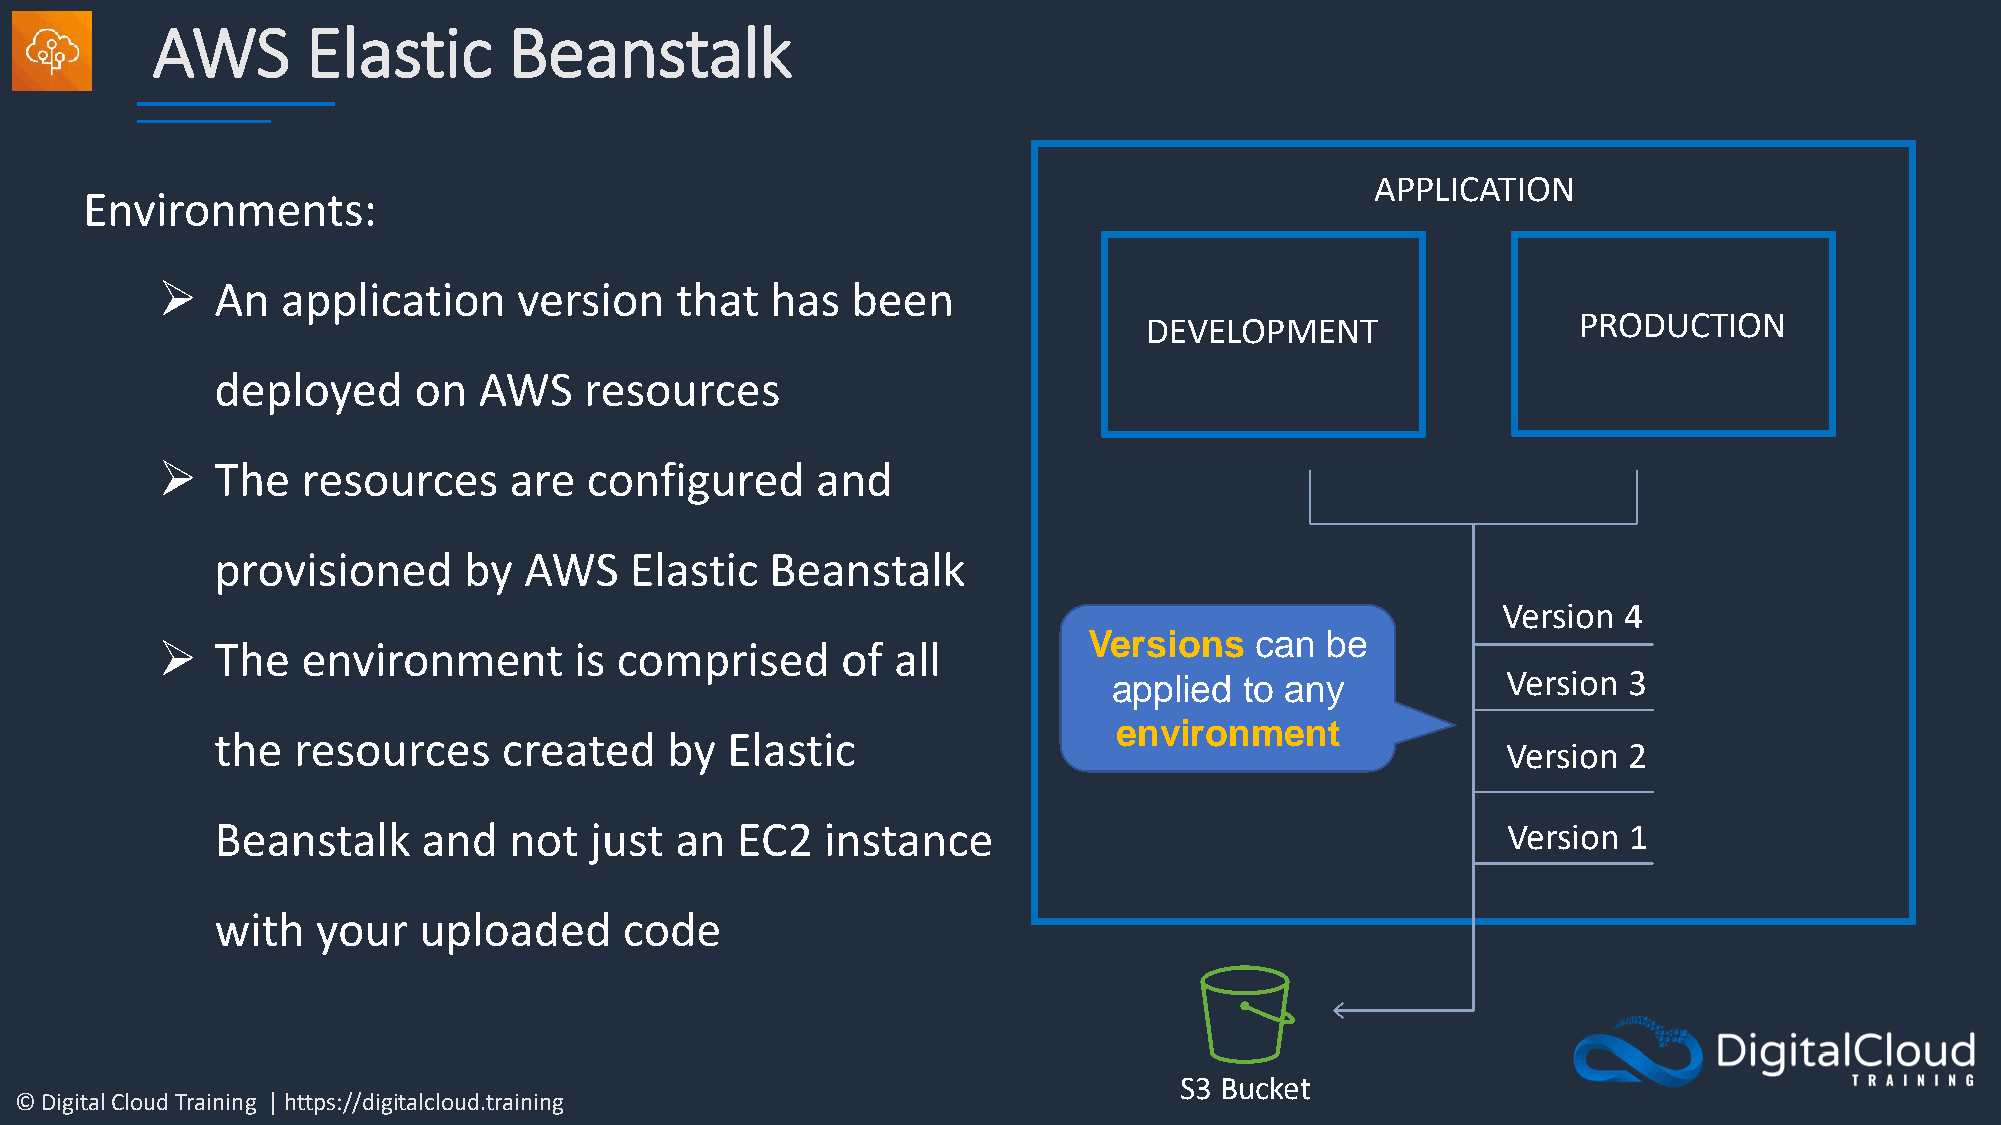
AWS       Elastic       Beanstalk
 APPLICATION
 Environments:
 ➢   An   application    version    that  has  been
 DEVELOPMENT                 PRODUCTION
 deployed     on   AWS    resources
 ➢   The   resources     are  configured     and
 provisioned      by  AWS    Elastic  Beanstalk
 Version 4
 Versions   can  be
 ➢   The   environment       is comprised      of all
 Version 3
 applied to any
 environment
 the  resources     created    by  Elastic
 Version 2
 Beanstalk     and   not  just  an  EC2   instance                                     Version 1
 with   your   uploaded     code
 S3 Bucket
 © Digital Cloud Training | https://digitalcloud.training